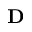
\mathbf { D }